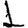
Digit: 1